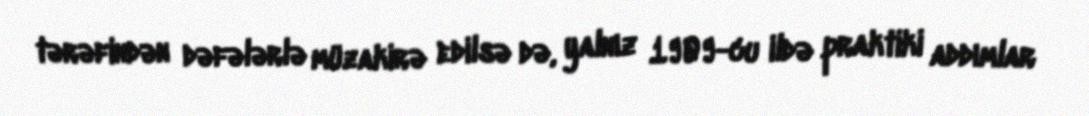
tərəfindən dəfələrlə müzakirə edilsə də, yalnız 1909-cu ildə praktiki addımlar